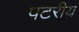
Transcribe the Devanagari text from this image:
पटरीय